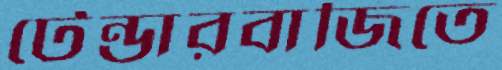
টেন্ডারবাজিতে